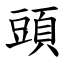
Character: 頭